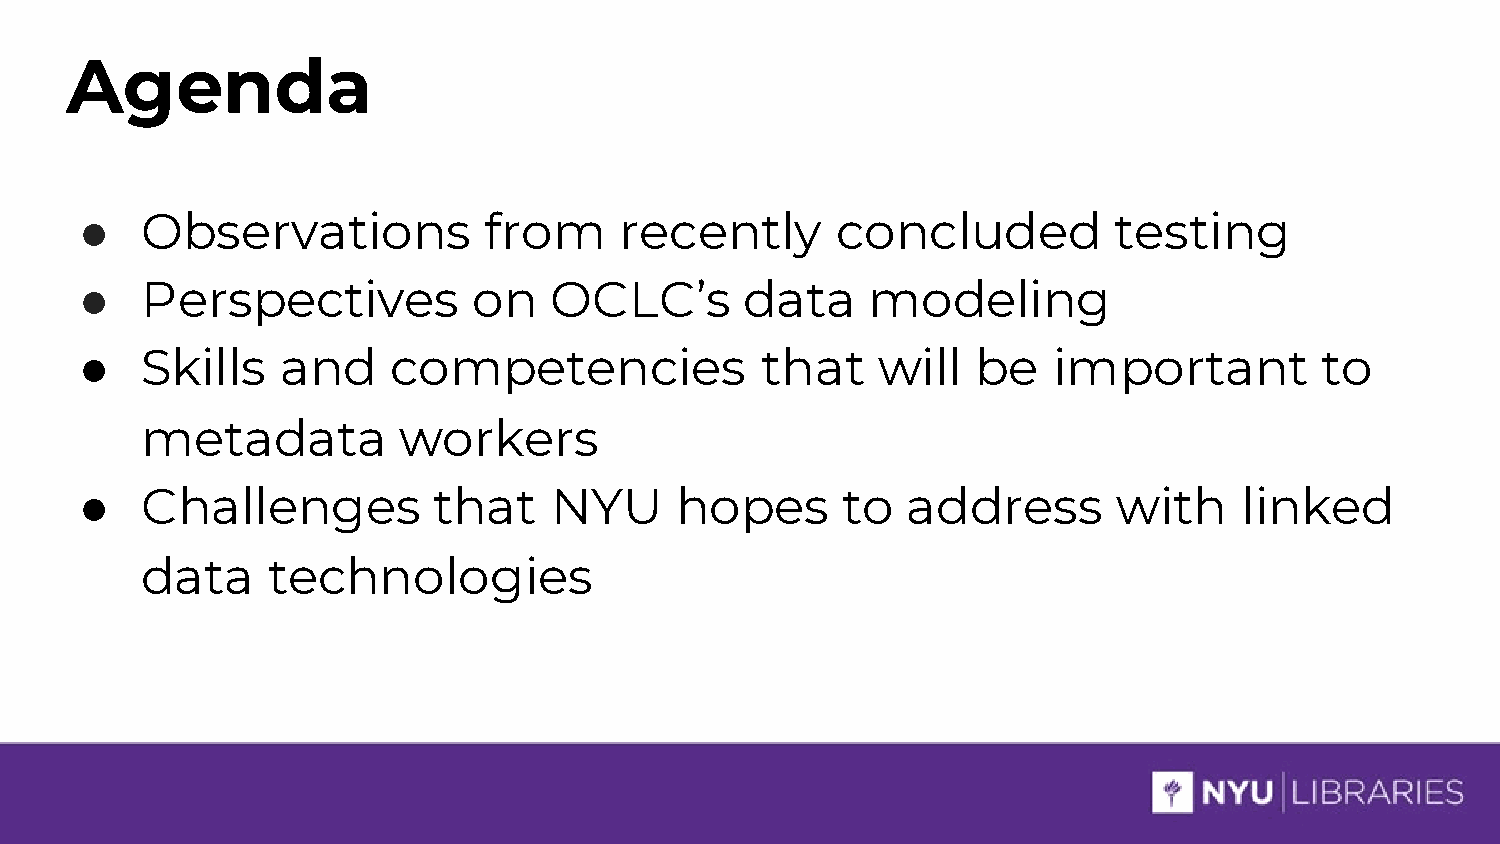
Agenda
 ●   Observations           from     recently      concluded          testing
 ●   Perspectives          on   OCLC’s       data    modeling
 ●   Skills    and    competencies            that    will   be   important        to
 metadata         workers
 ●   Challenges          that   NYU      hopes      to  address       with    linked
 data     technologies